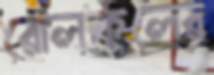
রোলকলের